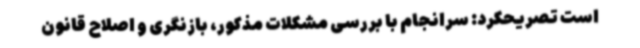
است تصریحکرد: سرانجام با بررسی مشکلات مذکور، بازنگری و اصلاح قانون